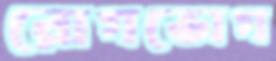
রোগভোগ